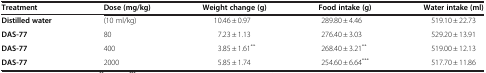
<table><thead><tr><td><b>Treatment</b></td><td><b>Dose (mg/kg)</b></td><td><b>Weight change (g)</b></td><td><b>Food intake (g)</b></td><td><b>Water intake (ml)</b></td></tr></thead><tbody><tr><td><b>Distilled water</b></td><td>(10 ml/kg)</td><td>10.46 ± 0.97</td><td>289.80 ± 4.46</td><td>519.10 ± 22.73</td></tr><tr><td><b>DAS-77</b></td><td>80</td><td>7.23 ± 1.13</td><td>276.40 ± 3.03</td><td>529.20 ± 13.91</td></tr><tr><td><b>DAS-77</b></td><td>400</td><td>3.85 ± 1.61<sup>**</sup></td><td>268.40 ± 3.21<sup>**</sup></td><td>519.00 ± 12.13</td></tr><tr><td><b>DAS-77</b></td><td>2000</td><td>5.85 ± 1.74</td><td>254.60 ± 6.64<sup>***</sup></td><td>517.70 ± 11.86</td></tr></tbody></table>